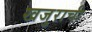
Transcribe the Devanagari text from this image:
खजुराची